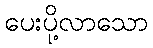
ပေးပို့လာသော